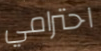
احترامي